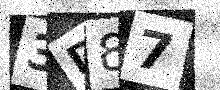
Text: 3D87